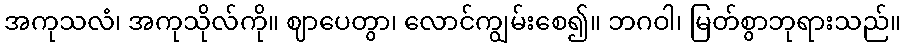
အကုသလံ၊ အကုသိုလ်ကို။ ဈာပေတွာ၊ လောင်ကျွမ်းစေ၍။ ဘဂဝါ၊ မြတ်စွာဘုရားသည်။